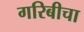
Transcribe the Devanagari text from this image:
गरिबीचा